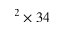
^ 2 \times 3 4